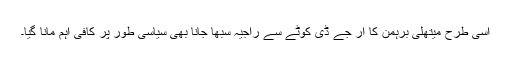
اسی طرح میتھلی برہمن کا آر جے ڈی کوٹے سے راجیہ سبھا جانا بھی سیاسی طور پر کافی اہم مانا گیا۔